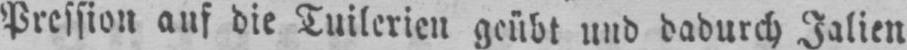
Pression auf die Tuilerien geübt und dadurch Ialien